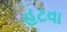
હટવા